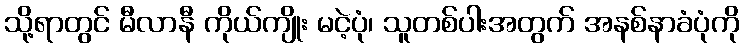
သို့ရာတွင် မီလာနီ ကိုယ်ကျိုး မငဲ့ပုံ၊ သူတစ်ပါးအတွက် အနစ်နာခံပုံကို